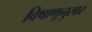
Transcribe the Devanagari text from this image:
विषाणूनुसार